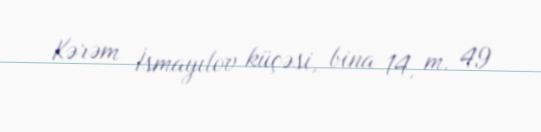
Kərəm İsmayılov küçəsi, bina 14, m. 49